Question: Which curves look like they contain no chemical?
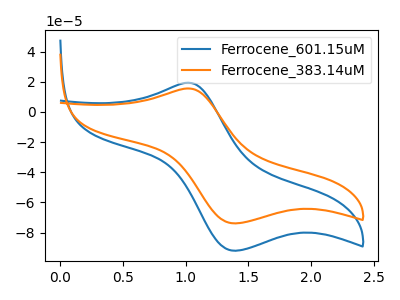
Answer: <think>The blue curve "Ferrocene_601.15uM" has an anodic peak at (1.00V, 19.40uA) and a cathodic peak at (1.40V, -92.10uA). The orange curve "Ferrocene_383.14uM" has an anodic peak at (1.00V, 15.55uA) and a cathodic peak at (1.40V, -73.95uA).</think>
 <answer>There are not any CV's on this graph that are likely to be blanks.</answer>
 <eval>none</eval>